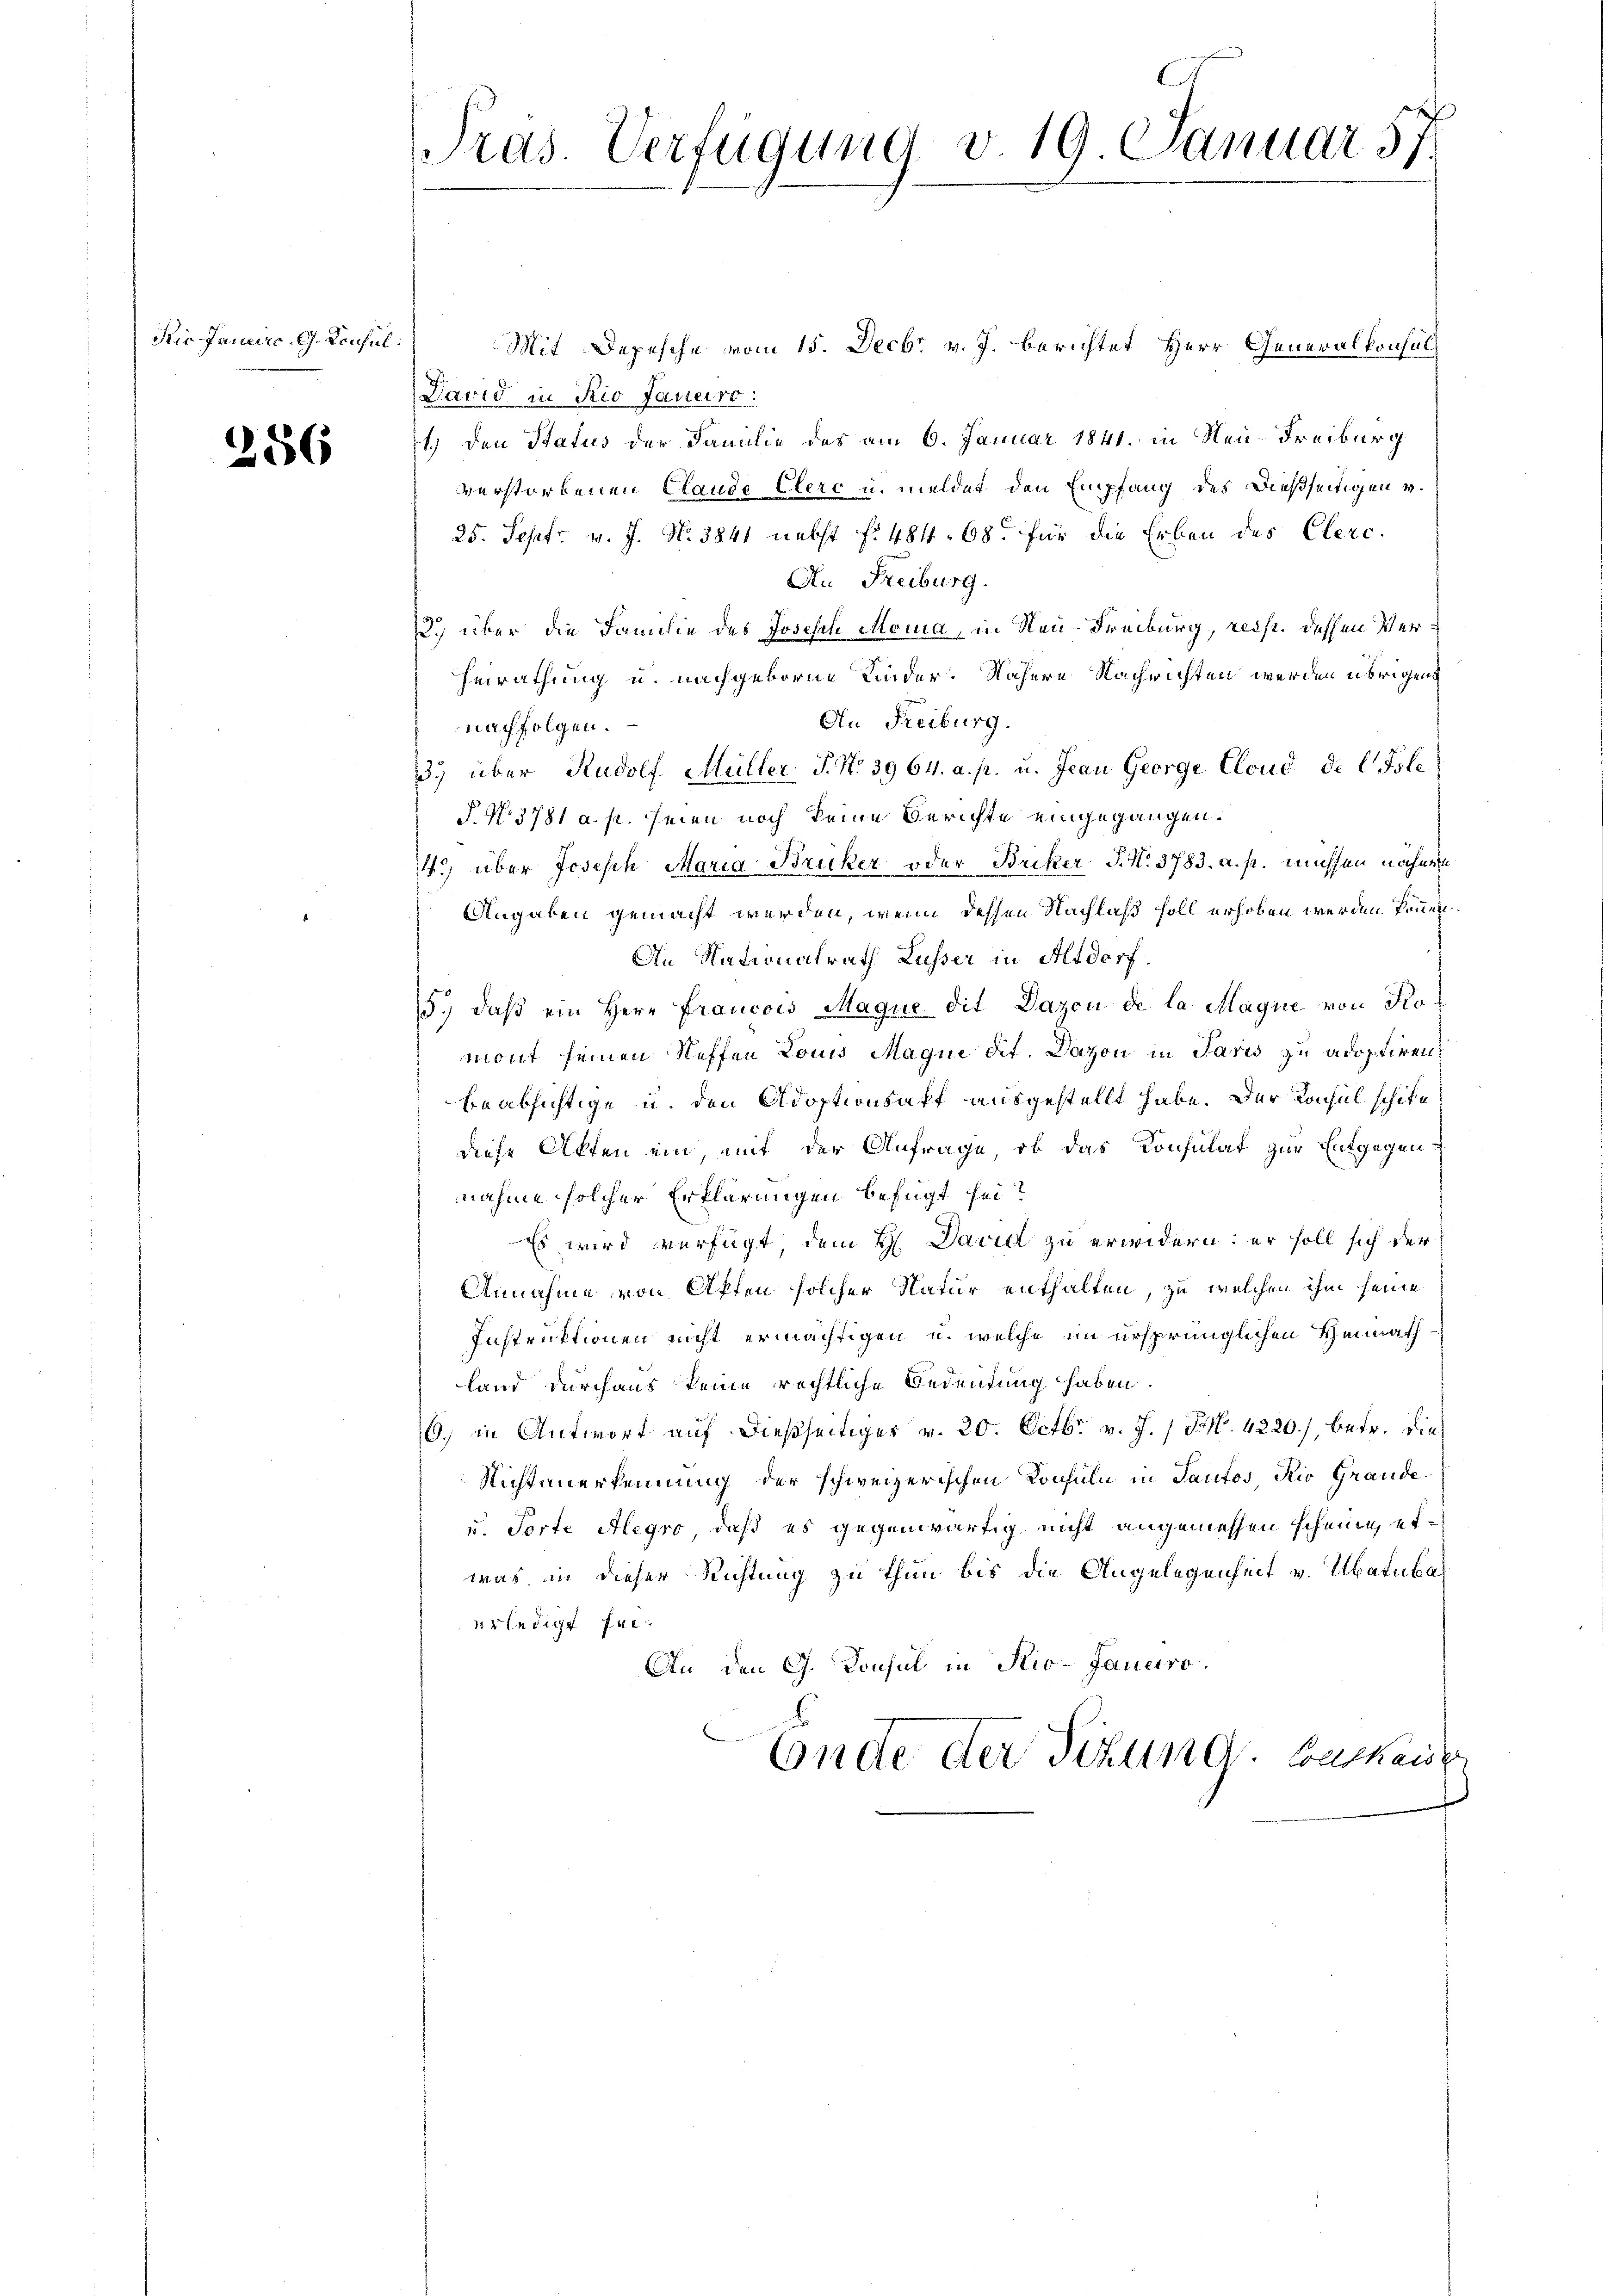
dio Janeirc. G. Konsul

256

E
Pras. Verfügung v. 19. Januar 57

Mit Depesche vom 15. Decbr v. J. berichtet Herr Generalkonsul
David in Rio Janeiro
1.) Den Status der Familie des am 6. Januar 1841. in Neu-Freiburg
verstorbenen Claude Clerc u. meldet den Empfang des dießseitigen v.
25. Sept. v. J. No. 3841 nebst f. 484. 68. für die Erben des Clerc
An Freiburg.
.) über die Familie des Joseph Mona, in Neu-Freiburg, reist. dessen Ver¬
Heirathung u. nachgeborne Kinder. Nähere Nachrichten werden übrigen
An Freiburg.
nachfolgen.
3. über Rudolf Müller J. N. 3964. a. p. u. Jean George Cloud de l. Isle
P. N. 3781 a. p. seien noch keine Berichte eingegangen.
143) über Joseph Maria Bruker oder Briker P. N. 3783. a. p. müssen nähere
Angaben gemacht werden, wenn dessen Nachlaß soll erhoben werden können.
An Nationalrath Lusser in Altdorf.
5.) daβ ein Herr Francois Maque dit Dazen de la Magne von Komont seinen Neffen Louis Magin dit. Dazon in Paris zu adoptirenbeabsichtige u. den Adoptionsaft ausgestellt habe. Der Konsul schike
diese Akten ein, mit der Anfrage, ob das Konsulat zur Entgegennahme solcher Erklärungen befugt sei?
Es wird verfügt, dem H. David zu erwidern: er soll sich der
Annahme von Akten solcher Natur enthalten, zu welchen ihm seine
Instruktionen nicht ermächtigen u. welche im ursprünglichen Heimath
land durchaus keine rechtliche Bedeutung haben.
6. in Antwort auf dießseitiges v. 20. Octbr. v. J. 1 S. 4220), betr. die¬
Nichtanerkennung der schweizerischen Konsuln in Pautos Rio Grande
u. Torte Alegro daß es gegenwärtig nicht angemessen scheine, etwas in dieser Richtung zu thun bis die Angelegenheit v. Abatuba
erledigt sei.
An den G. Konsul in Rio-Janeiro
Ende der Sitzung. Beckende